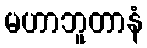
မဟာဘူတာနံ